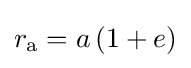
r_{\text{a}}=a\,(1+e)